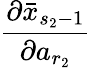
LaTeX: \frac{\partial\bar{x}_{s_{2}-1}}{\partial a_{r_{2}}}